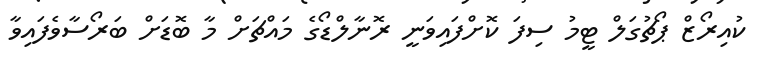
ކުއިރޯޒް ޕޯޗުގަލް ޓީމު ސިފަ ކޮށްފައިވަނީ ރޮނާލްޑޯގެ މައްޗަށް މާ ބޮޑަށް ބަރޯސާވެފައިވާ